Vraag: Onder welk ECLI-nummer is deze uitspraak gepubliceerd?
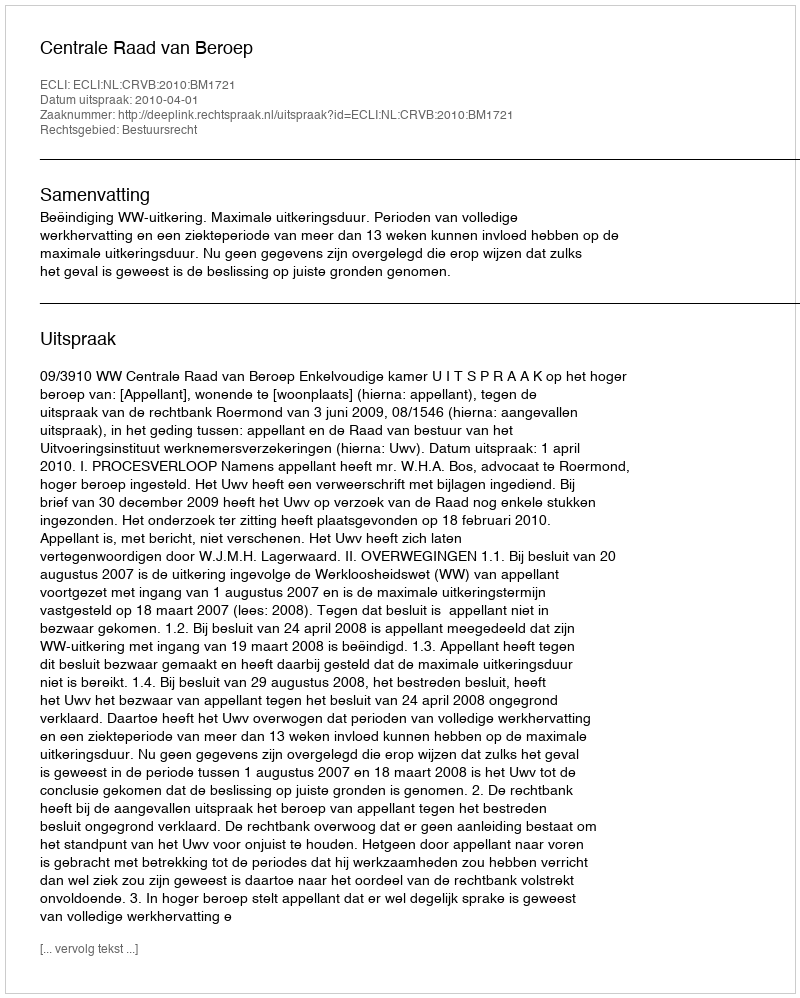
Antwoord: ECLI:NL:CRVB:2010:BM1721